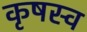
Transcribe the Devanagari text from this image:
कृषस्व